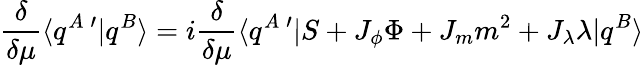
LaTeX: \frac{\delta}{\delta\mu}\langle q^{A}\, ^{\prime}|q^{B}\rangle=i\frac{\delta}{\delta\mu}\langle q^{A}\, ^{\prime}|S+J_{\phi}\Phi+J_{m}m^{2}+J_{\lambda}\lambda|q^{B}\rangle